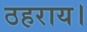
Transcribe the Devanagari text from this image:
ठहराय।